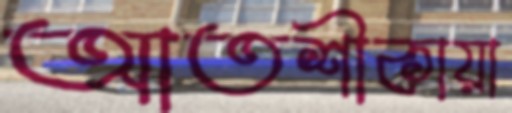
আতশীকায়া